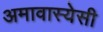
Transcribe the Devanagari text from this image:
अमावास्येसी